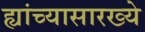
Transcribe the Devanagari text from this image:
ह्यांच्यासारख्ये